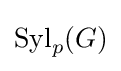
\operatorname {Syl} _{p}(G)